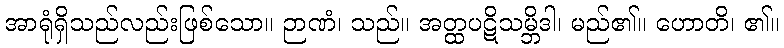
အာရုံရှိသည်လည်းဖြစ်သော။ ဉာဏံ၊ သည်။ အတ္ထပဋိသမ္ဘိဒါ၊ မည်၏။ ဟောတိ၊ ၏။